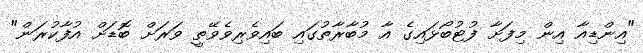
"އިންޑިއާ އިން މިފަށާ ފުޓުބޯޅައިގެ އާ މުބާރާތުގައި ބައިވެރިވެވޭތީ ވަރަށް ބޮޑަށް އުފާކުރަން"